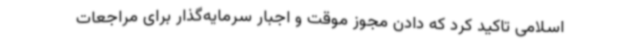
اسلامی تاکید کرد که دادن مجوز موقت و اجبار سرمایه‌گذار برای مراجعات